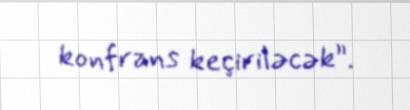
konfrans keçiriləcək”.